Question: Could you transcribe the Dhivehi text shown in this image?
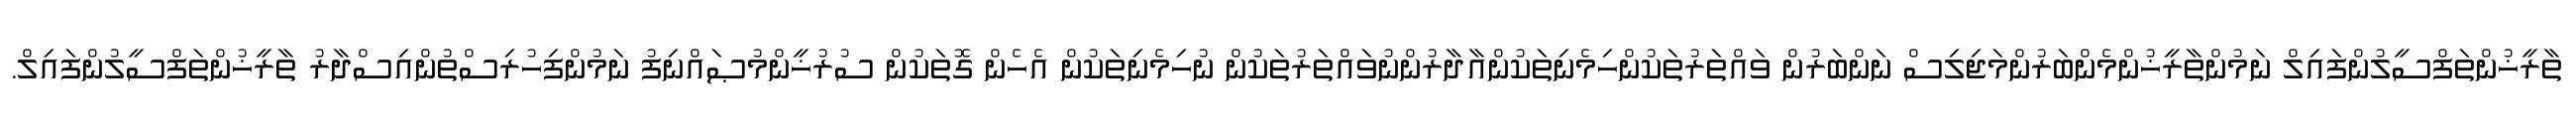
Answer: ތާރީޚުންތަފްސީލުންފައިލް ނަމުންތާރީޚުންމެންބަރުންމަޖިލިސް ނަންބަރުން ވައްތަރުތަކުންހިމެނިތަކުންއާދާރުންނުވައްތަރުތަކުން ނުހިމެނިތަކުން އެހެން ގޮތަކުން ސުރުޚީންމުޞައްނިފު ނަމުންފިހުރިސްތުންއިސްދާރު ތާރީޚުންތަފްސީލުންފައިލް.